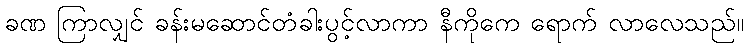
ခဏ ကြာလျှင် ခန်းမဆောင်တံခါးပွင့်လာကာ နီကိုကေ ရောက် လာလေသည်။